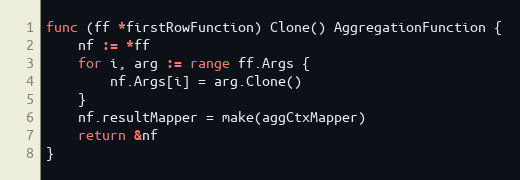
Language: Go
func (ff *firstRowFunction) Clone() AggregationFunction {
	nf := *ff
	for i, arg := range ff.Args {
		nf.Args[i] = arg.Clone()
	}
	nf.resultMapper = make(aggCtxMapper)
	return &nf
}